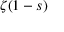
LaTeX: \zeta ( 1 - s )